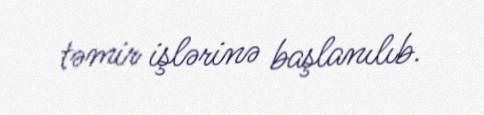
təmir işlərinə başlanılıb.